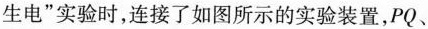
生电”实验时，连接了如图所示的实验装置，PQ、